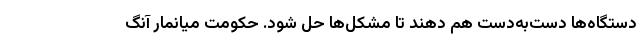
دستگاه‌ها دست‌به‌دست هم دهند تا مشکل‌ها حل شود. حکومت میانمار آنگ